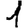
Digit: 1